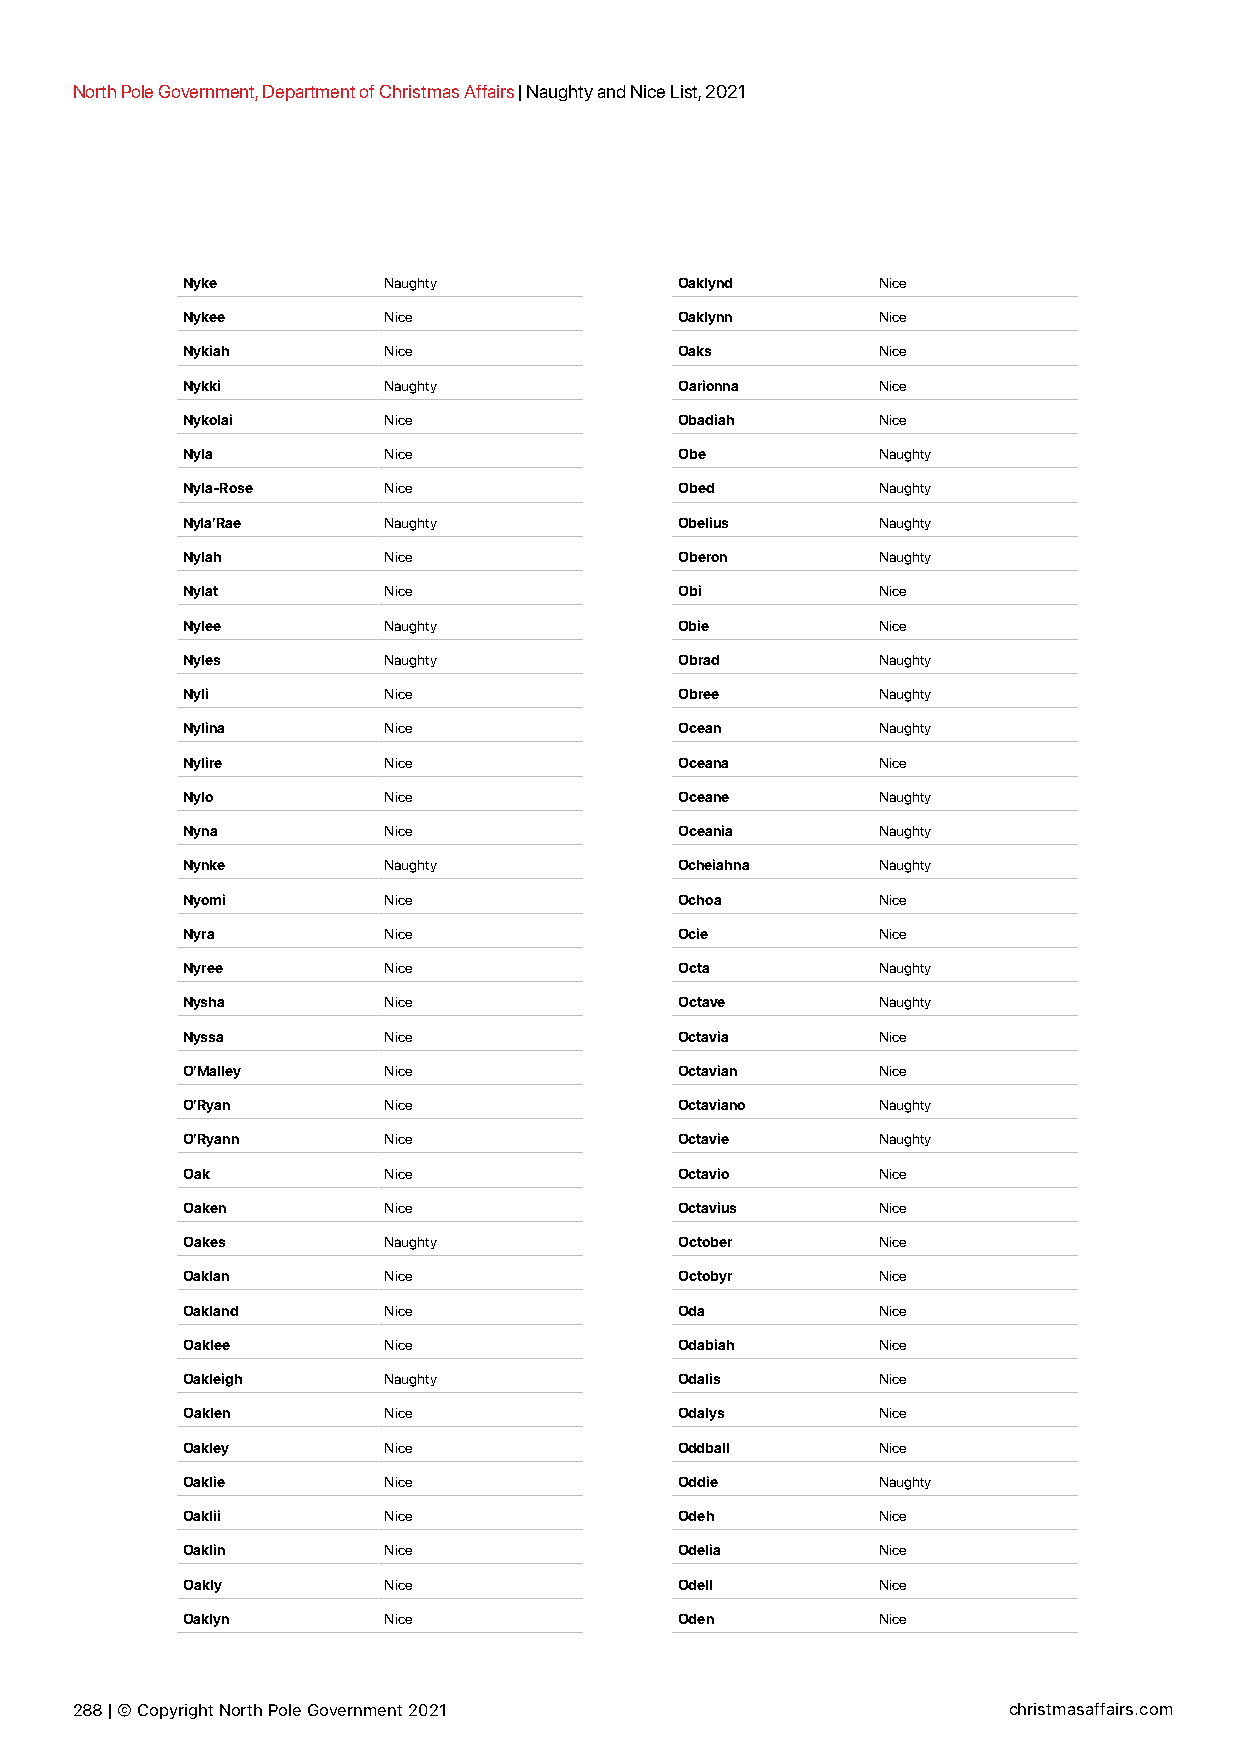
North Pole Government, Department of Christmas Affairs | Naughty and Nice List, 2021
 Nyke         Naughty             Oaklynd      Nice
 Nykee        Nice                Oaklynn      Nice
 Nykiah       Nice                Oaks         Nice
 Nykki        Naughty             Oarionna     Nice
 Nykolai      Nice                Obadiah      Nice
 Nyla         Nice                Obe          Naughty
 Nyla-Rose    Nice                Obed         Naughty
 Nyla’Rae     Naughty             Obelius      Naughty
 Nylah        Nice                Oberon       Naughty
 Nylat        Nice                Obi          Nice
 Nylee        Naughty             Obie         Nice
 Nyles        Naughty             Obrad        Naughty
 Nyli         Nice                Obree        Naughty
 Nylina       Nice                Ocean        Naughty
 Nylire       Nice                Oceana       Nice
 Nylo         Nice                Oceane       Naughty
 Nyna         Nice                Oceania      Naughty
 Nynke        Naughty             Ocheiahna    Naughty
 Nyomi        Nice                Ochoa        Nice
 Nyra         Nice                Ocie         Nice
 Nyree        Nice                Octa         Naughty
 Nysha        Nice                Octave       Naughty
 Nyssa        Nice                Octavia      Nice
 O’Malley     Nice                Octavian     Nice
 O’Ryan       Nice                Octaviano    Naughty
 O’Ryann      Nice                Octavie      Naughty
 Oak          Nice                Octavio      Nice
 Oaken        Nice                Octavius     Nice
 Oakes        Naughty             October      Nice
 Oaklan       Nice                Octobyr      Nice
 Oakland      Nice                Oda          Nice
 Oaklee       Nice                Odabiah      Nice
 Oakleigh     Naughty             Odalis       Nice
 Oaklen       Nice                Odalys       Nice
 Oakley       Nice                Oddball      Nice
 Oaklie       Nice                Oddie        Naughty
 Oaklii       Nice                Odeh         Nice
 Oaklin       Nice                Odelia       Nice
 Oakly        Nice                Odell        Nice
 Oaklyn       Nice                Oden         Nice
 288 | © Copyright North Pole Government 2021                  christmasaffairs.com